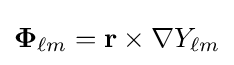
\mathbf {\Phi } _{\ell m}=\mathbf {r} \times \nabla Y_{\ell m}